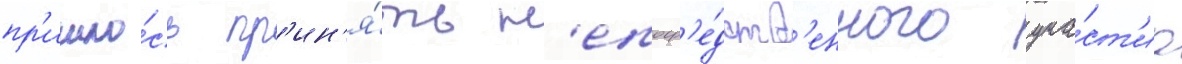
пр'ишло́сь пр'ин'я́ть н'епоср'е́дств'енного уча́ст'иа